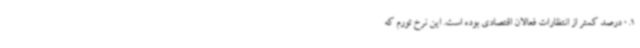
0.1 درصد کمتر از انتظارات فعالان اقتصادی بوده است. این نرخ تورم که